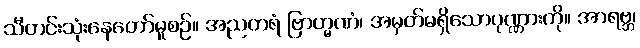
သီတင်းသုံးနေတော်မူစဉ်။ အညတရံ ဗြာဟ္မဏံ၊ အမှတ်မရှိသောပုဏ္ဏားကို။ အာရဗ္ဘ၊